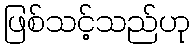
ဖြစ်သင့်သည်ဟု